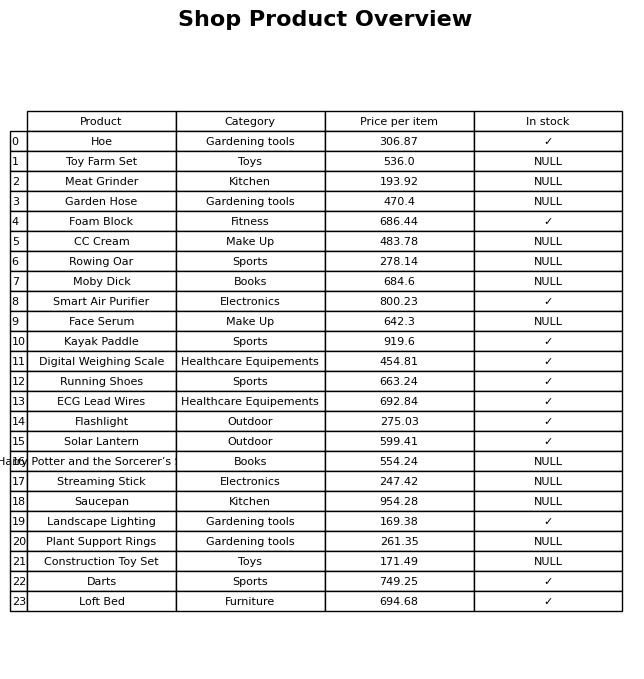
question: What is the price for Solar Lantern?
answer: The price of Solar Lantern is 599.41.